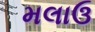
મલાઉ